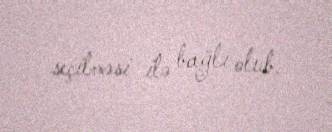
seçilməsi ilə bağlı olub.